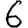
Digit: 6